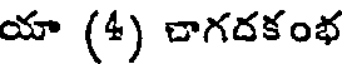
యా (4) చాగదకంభ